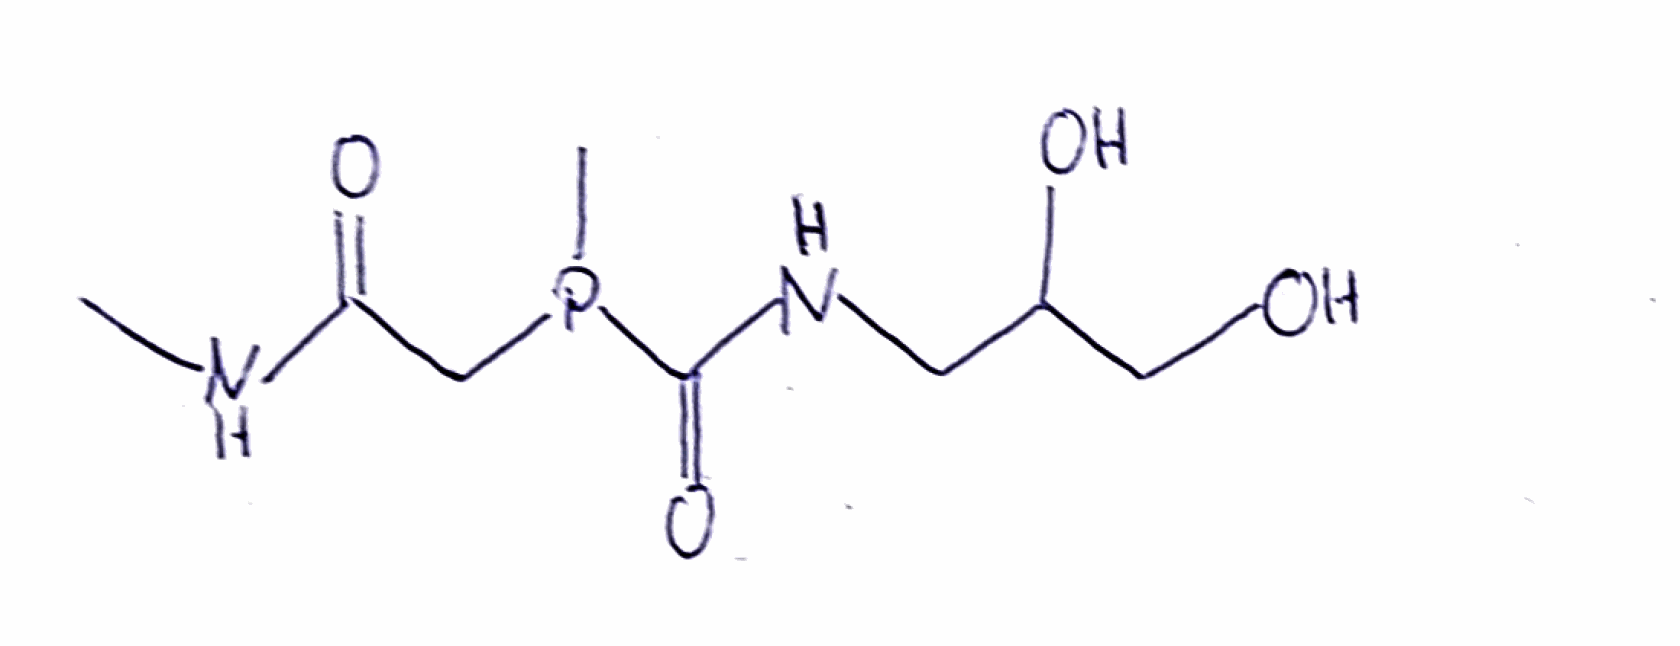
Simplified molecular-input line-entry system (SMILES) notation of the given molecule:
CNC(=O)CP(C)C(=O)NCC(CO)O